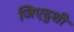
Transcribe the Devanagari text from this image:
जिएदुशी